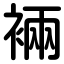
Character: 裲